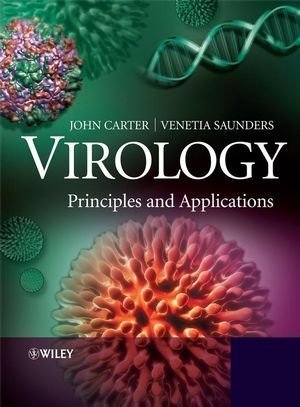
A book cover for Virology: Principles and Applications 1st (first) Edition by Carter, John, Saunders, Venetia published by Wiley (2007); Medical Books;